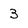
Character: 3